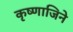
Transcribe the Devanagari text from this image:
कृष्णाजिने